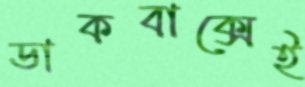
ডাকবাক্সেই